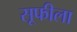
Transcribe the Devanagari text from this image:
सूफीला